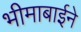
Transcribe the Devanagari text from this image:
भीमाबाईने